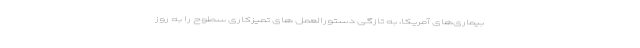
بیماری‌های آمریکا، به تازگی دستورالعمل های تمیزکاری سطوح را به روز